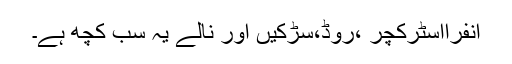
انفرااسٹرکچر ،روڈ،سڑکیں اور نالے یہ سب کچھ ہے۔